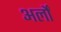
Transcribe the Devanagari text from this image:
अर्लों